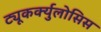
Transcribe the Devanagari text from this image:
ट्यूकर्क्युलोसिस